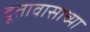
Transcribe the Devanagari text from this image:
दूतावासाच्या